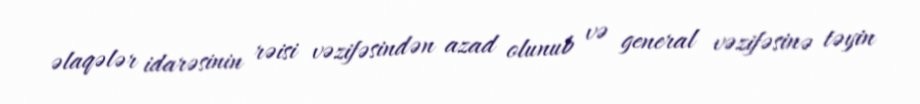
əlaqələr idarəsinin rəisi vəzifəsindən azad olunub və general vəzifəsinə təyin